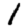
Digit: 1